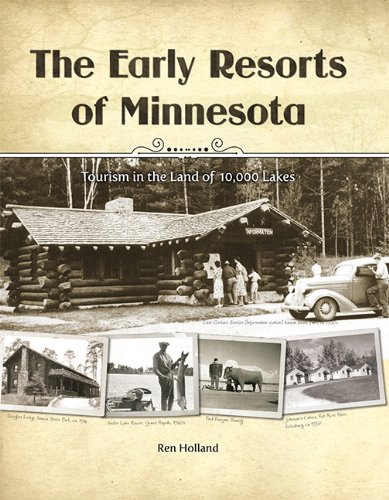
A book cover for The Early Resorts of Minnesota - Tourism in the Land of 10,000 Lakes; Ren Holland; Travel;